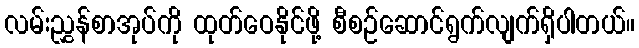
လမ်းညွှန်စာအုပ်ကို ထုတ်ဝေနိုင်ဖို့ စီစဉ်ဆောင်ရွက်လျက်ရှိပါတယ်။